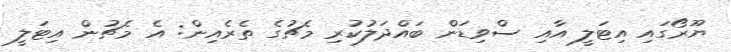
ޔޫރޯގައި އިޓަލީ އާއި ސްވިޑަން ބައްދަލުކުރި މެޗުގެ ތެރެއިން: އެ މެޗުން އިޓަލީ